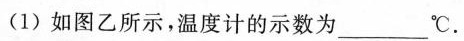
(1)如图乙所示，温度计的示数为___℃.